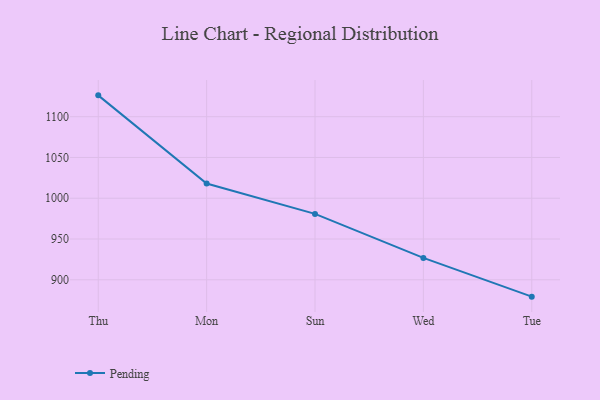
{"axis": {"x": "Day", "y": "Budget (USD K)"}, "legend": ["Pending"], "data": [{"x": "Thu", "y": 1126.2, "type": "Pending"}, {"x": "Mon", "y": 1018.0, "type": "Pending"}, {"x": "Sun", "y": 980.8, "type": "Pending"}, {"x": "Wed", "y": 926.8, "type": "Pending"}, {"x": "Tue", "y": 879.3, "type": "Pending"}]}